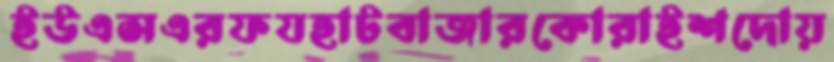
ইউএসএরফযহাটবাজারকোরাইশদোয়